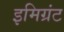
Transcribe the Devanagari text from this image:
इमिग्रंट